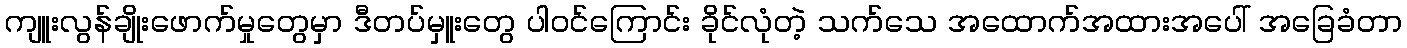
ကျူးလွန်ချိုးဖောက်မှုတွေမှာ ဒီတပ်မှူးတွေ ပါဝင်ကြောင်း ခိုင်လုံတဲ့ သက်သေ အထောက်အထားအပေါ် အခြေခံတာ